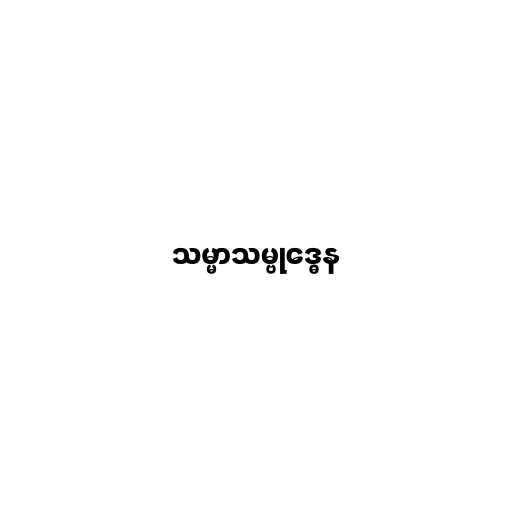
သမ္မာသမ္ဗုဒ္ဓေန